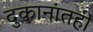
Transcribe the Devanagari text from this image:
दुकानांतही